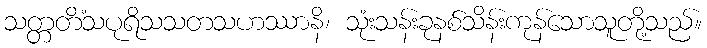
သတ္တတိံသပုရိသသတသဟဿာနိ၊ သုံးသန်းခုနစ်သိန်းကုန်သောသူတို့သည်။